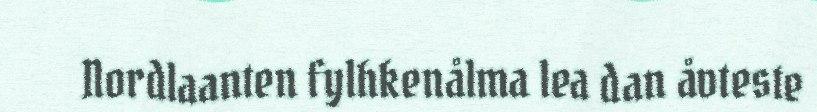
Nordlaanten fylhkenålma lea dan åvteste